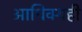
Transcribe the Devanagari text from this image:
आधिक्यही